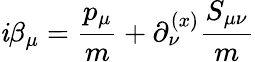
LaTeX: \mathit{i}\beta_{\mu}={\frac{{p_{\mu}}}{{m}}}+\partial_{\nu}^{(x)}{{\frac{{S_{\mu\nu}}}{{m}}}}